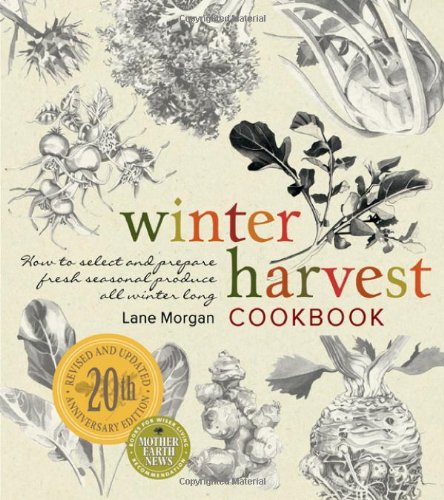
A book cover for Winter Harvest Cookbook: How to Select and Prepare Fresh Seasonal Produce All Winter Long; Lane Morgan; Cookbooks, Food & Wine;